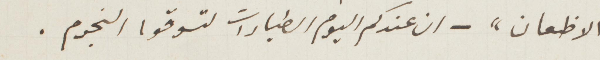
الاظعان" - ان عندكم اليوم الطيارات لتسوقوا النجوم.